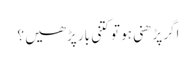
اگر پڑھنی ہو تو کتنی بار پڑھیں ؟